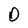
Character: 0